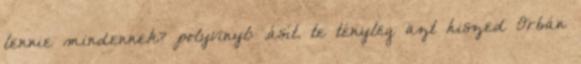
lennie mindennek? polyvinyl: .ásít. te tényleg azt hiszed Orbán